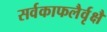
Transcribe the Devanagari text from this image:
सर्वकाफलैर्वृक्षै